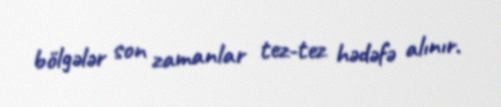
bölgələr son zamanlar tez-tez hədəfə alınır.